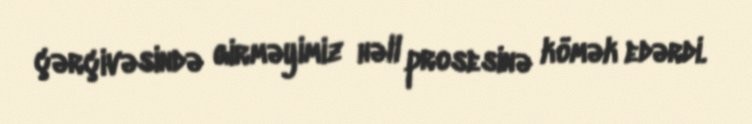
çərçivəsində girməyimiz həll prosesinə kömək edərdi.